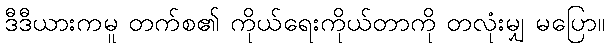
ဒီဒီယားကမူ တက်စ၏ ကိုယ်ရေးကိုယ်တာကို တလုံးမျှ မပြော။